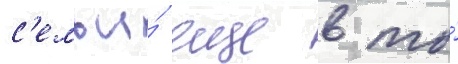
с'емьи́ еще в то́